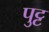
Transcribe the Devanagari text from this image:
पुट्ट